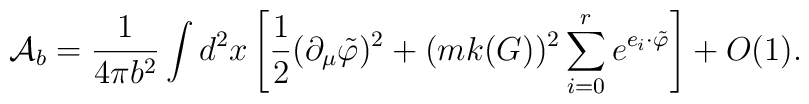
{\cal A}_b=\frac{1}{4\pi b^2} \int d^2x\left[ \frac 1{2 }(\partial _\mu\tilde{\varphi} )^2+(mk(G))^2\sum_{i=0}^re^{e_i\cdot\tilde{ \varphi}}\right]+O(1).